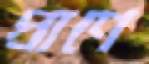
প্রাণে